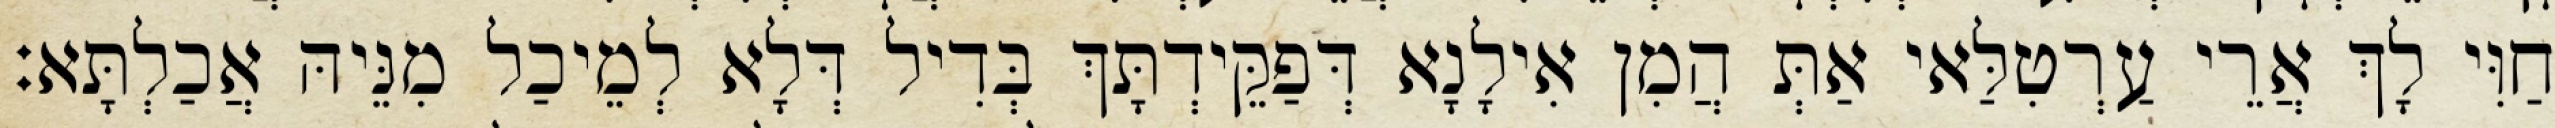
חַוִּי לָךְ אֲרֵי עַרְטִלַּאי אַתְּ הֲמִן אִילָנָא דְּפַקֵּידְתָּךְ בְּדִיל דְּלָא לְמֵיכַל מִנֵּיהּ אֲכַלְתָּא׃